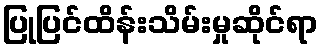
ပြုပြင်ထိန်းသိမ်းမှုဆိုင်ရာ